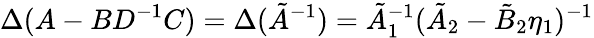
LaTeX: \Delta(A-BD^{-1}C)=\Delta(\tilde{A}^{-1})=\tilde{A}_{1}^{-1}(\tilde{A}_{2}-\tilde{B}_{2}\eta_{1})^{-1}